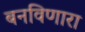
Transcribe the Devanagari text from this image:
बनविणारा